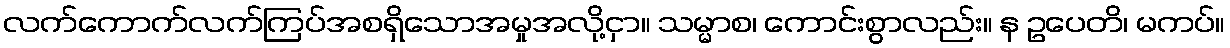
လက်ကောက်လက်ကြပ်အစရှိသောအမှုအလို့ငှာ။ သမ္မာစ၊ ကောင်းစွာလည်း။ န ဥပေတိ၊ မကပ်။